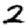
Digit: 2